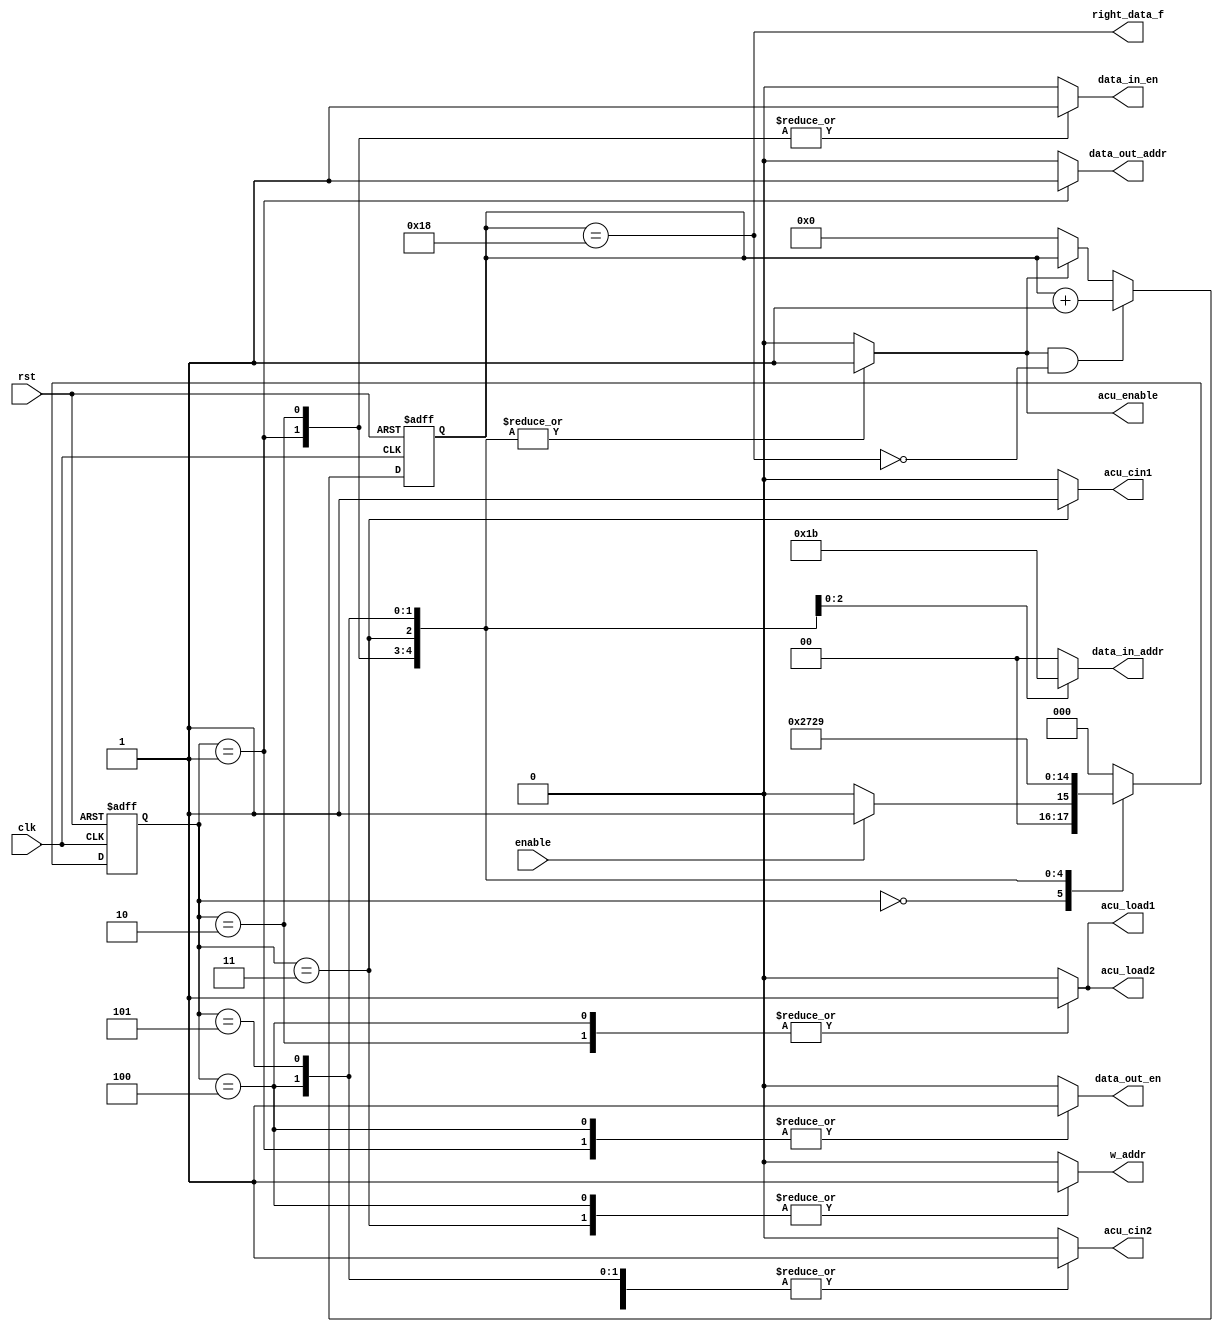
module FSM_butterfly (
    input   wire            enable,
    output  wire            right_data_f,
    input   wire            clk , rst,
    output  reg             acu_load1 , acu_load2 , acu_cin1 , acu_cin2,
    output  reg             w_addr , data_in_en , data_out_en , data_out_addr,
    output  reg     [1:0]   data_in_addr,
    output  reg             acu_enable
);

    parameter   [2:0]       IDLE    = 3'b000,
                            DATA_IN = 3'b001,
                            Zr_half = 3'b010,
                            Zr_full = 3'b011,
                            Zi_half = 3'b100,
                            Zi_full = 3'b101;

            reg     [2:0]   current_state,
                            next_state;
                        

            reg     [4:0]   count;
            reg             count_e;


// implement counter from 0 to 25-1
 always @ (posedge clk or negedge rst)
    begin
        if(!rst)
            count <= 5'b0;
        else
            if(count_e && !right_data_f)
                count <= count + 1'b1;
            else if(!count_e)
                count <= 5'b0;
    end

 assign right_data_f = (count == 5'd24);
			
 //state transiton 
 always @ (posedge clk or negedge rst)
    begin
        if(!rst)
            begin
                current_state <= IDLE ;
            end
        else
            begin
                current_state <= next_state ;
            end
    end

 always @(*)
    begin
        case (current_state )
            IDLE:       begin
                            count_e = 1'b0;
                            acu_load1 = 1'b0;
                            acu_cin1 = 1'b0;
                            acu_load2 = 1'b0;
                            acu_cin2 = 1'b0;
                            w_addr = 1'b0;
                            data_in_en = 1'b0;
                            data_in_addr = 2'b00;
                            data_out_en = 1'b0;
                            data_out_addr = 1'b0;
                            acu_enable = 1'b0;
                        end
            DATA_IN:    begin
                            count_e = 1'b1;
                            acu_load1 = 1'b0;
                            acu_cin1 = 1'b0;
                            acu_load2 = 1'b0;
                            acu_cin2 = 1'b1;
                            w_addr = 1'b0;
                            data_in_en = 1'b1;
                            data_in_addr = 2'b00;
                            data_out_en = 1'b1;
                            data_out_addr = 1'b1;
                            acu_enable = 1'b1;
                        end
            Zr_half:    begin
                            count_e = 1'b1;
                            acu_load1 = 1'b1;
                            acu_cin1 = 1'b0;
                            acu_load2 = 1'b1;
                            acu_cin2 = 1'b1;
                            w_addr = 1'b0;
                            data_in_en = 1'b1;
                            data_in_addr = 2'b00;
                            data_out_en = 1'b0;
                            data_out_addr = 1'b0;
                            acu_enable = 1'b1;
                        end
            Zr_full:    begin
                            count_e = 1'b1;
                            acu_load1 = 1'b0;
                            acu_cin1 = 1'b1;
                            acu_load2 = 1'b0;
                            acu_cin2 = 1'b0;
                            w_addr = 1'b1;
                            data_in_en = 1'b0;
                            data_in_addr = 2'b01;
                            data_out_en = 1'b0;
                            data_out_addr = 1'b0;
                            acu_enable = 1'b1;
                        end
            Zi_half:    begin
                            count_e = 1'b1;
                            acu_load1 = 1'b1;
                            acu_cin1 = 1'b0;
                            acu_load2 = 1'b1;
                            acu_cin2 = 1'b1;
                            w_addr = 1'b1;
                            data_in_en = 1'b0;
                            data_in_addr = 2'b10;
                            data_out_en = 1'b1;
                            data_out_addr = 1'b0;
                            acu_enable = 1'b1;
                        end
            Zi_full:    begin
                            count_e = 1'b1;
                            acu_load1 = 1'b0;
                            acu_cin1 = 1'b0;
                            acu_load2 = 1'b0;
                            acu_cin2 = 1'b1;
                            w_addr = 1'b0;
                            data_in_en = 1'b0;
                            data_in_addr = 2'b11;
                            data_out_en = 1'b0;
                            data_out_addr = 1'b0;
                            acu_enable = 1'b1;
                        end
                        
            default :   begin
                            count_e = 1'b0;
                            acu_load1 = 1'b0;
                            acu_cin1 = 1'b0;
                            acu_load2 = 1'b0;
                            acu_cin2 = 1'b0;
                            w_addr = 1'b0;
                            data_in_en = 1'b0;
                            data_in_addr = 2'b00;
                            data_out_en = 1'b0;
                            data_out_addr = 1'b0;
                            acu_enable = 1'b0;
                        end
        endcase
    end
 always @(*)
    begin
        case (current_state )
            IDLE:       begin
                            if (enable == 1'b1)
                                next_state = DATA_IN;
                            else
                                next_state = IDLE;
                        end
            DATA_IN:    next_state = Zr_half;            
            Zr_half:    next_state = Zr_full;
            Zr_full:    next_state = Zi_half;
            Zi_half:    next_state = Zi_full;
            Zi_full:    next_state = DATA_IN;
            default:    next_state = IDLE;
        endcase
    end
endmodule